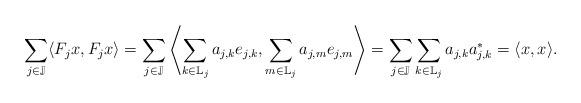
LaTeX: \begin{align*} \sum_{j \in \mathbb{J}} \langle F_jx ,F_jx\rangle =\sum_{j \in \mathbb{J}}\left\langle \sum_{k \in \mathbb{L}_j} a_{j,k}e_{j,k},\sum_{m \in \mathbb{L}_j} a_{j,m}e_{j,m}\right \rangle =\sum_{j \in \mathbb{J}} \sum_{k \in \mathbb{L}_j} a_{j,k}a_{j,k}^* =\langle x, x \rangle.\end{align*}